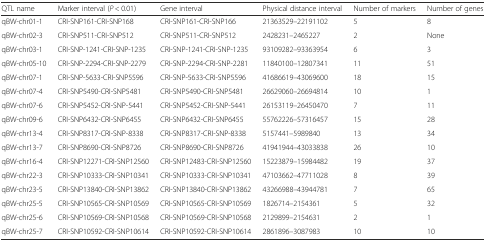
<table><thead><tr><td><b>QTL name</b></td><td><b>Marker interval (<i>P</i> &lt; 0.01)</b></td><td><b>Gene interval</b></td><td><b>Physical distance interval</b></td><td><b>Number of markers</b></td><td><b>Number of genes</b></td></tr></thead><tbody><tr><td>qBW-chr01-1</td><td>CRI-SNP161-CRI-SNP168</td><td>CRI-SNP161-CRI-SNP166</td><td>21363529–22191102</td><td>5</td><td>8</td></tr><tr><td>qBW-chr02-3</td><td>CRI-SNP511-CRI-SNP512</td><td>CRI-SNP511-CRI-SNP512</td><td>2428231–2465227</td><td>2</td><td>None</td></tr><tr><td>qBW-chr03-1</td><td>CRI-SNP-1241-CRI-SNP-1235</td><td>CRI-SNP-1241-CRI-SNP-1235</td><td>93109282–93363954</td><td>6</td><td>3</td></tr><tr><td>qBW-chr05-10</td><td>CRI-SNP-2294-CRI-SNP-2279</td><td>CRI-SNP-2294-CRI-SNP-2281</td><td>11840100–12807341</td><td>11</td><td>51</td></tr><tr><td>qBW-chr07-1</td><td>CRI-SNP-5633-CRI-SNP5596</td><td>CRI-SNP-5633-CRI-SNP5596</td><td>41686619–43069600</td><td>18</td><td>15</td></tr><tr><td>qBW-chr07-4</td><td>CRI-SNP5490-CRI-SNP5481</td><td>CRI-SNP5490-CRI-SNP5481</td><td>26629060–26694814</td><td>10</td><td>1</td></tr><tr><td>qBW-chr07-6</td><td>CRI-SNP5452-CRI-SNP-5441</td><td>CRI-SNP5452-CRI-SNP-5441</td><td>26153119–26450470</td><td>7</td><td>11</td></tr><tr><td>qBW-chr09-6</td><td>CRI-SNP6432-CRI-SNP6455</td><td>CRI-SNP6432-CRI-SNP6455</td><td>55762226–57316457</td><td>15</td><td>28</td></tr><tr><td>qBW-chr13-4</td><td>CRI-SNP8317-CRI-SNP-8338</td><td>CRI-SNP8317-CRI-SNP-8338</td><td>5157441–5989840</td><td>13</td><td>34</td></tr><tr><td>qBW-chr13-7</td><td>CRI-SNP8690-CRI-SNP8726</td><td>CRI-SNP8690-CRI-SNP8726</td><td>41941944–43033838</td><td>26</td><td>10</td></tr><tr><td>qBW-chr16-4</td><td>CRI-SNP12271-CRI-SNP12560</td><td>CRI-SNP12483-CRI-SNP12560</td><td>15223879–15984482</td><td>19</td><td>37</td></tr><tr><td>qBW-chr22-3</td><td>CRI-SNP10333-CRI-SNP10341</td><td>CRI-SNP10333-CRI-SNP10341</td><td>47103662–47711028</td><td>8</td><td>39</td></tr><tr><td>qBW-chr23-5</td><td>CRI-SNP13840-CRI-SNP13862</td><td>CRI-SNP13840-CRI-SNP13862</td><td>43266988–43944781</td><td>7</td><td>65</td></tr><tr><td>qBW-chr25-5</td><td>CRI-SNP10565-CRI-SNP10569</td><td>CRI-SNP10565-CRI-SNP10569</td><td>1826714–2154361</td><td>5</td><td>32</td></tr><tr><td>qBW-chr25-6</td><td>CRI-SNP10569-CRI-SNP10568</td><td>CRI-SNP10569-CRI-SNP10568</td><td>2129899–2154631</td><td>2</td><td>1</td></tr><tr><td>qBW-chr25-7</td><td>CRI-SNP10592-CRI-SNP10614</td><td>CRI-SNP10592-CRI-SNP10614</td><td>2861896–3087983</td><td>10</td><td>10</td></tr></tbody></table>